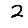
Digit: 2